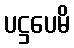
ပဋ္ဌပေမိ